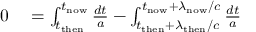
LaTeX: \begin{array} { r l } { 0 } & { { } = \int _ { t _ { \mathrm { t h e n } } } ^ { t _ { \mathrm { n o w } } } { \frac { d t } { a } } - \int _ { t _ { \mathrm { t h e n } } + \lambda _ { \mathrm { t h e n } } / c } ^ { t _ { \mathrm { n o w } } + \lambda _ { \mathrm { n o w } } / c } { \frac { d t } { a } } } \end{array}